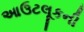
આઉટલૂકની